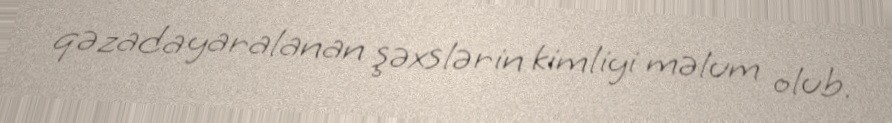
qəzada yaralanan şəxslərin kimliyi məlum olub.